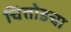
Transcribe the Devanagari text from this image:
चित्तोडचा